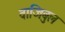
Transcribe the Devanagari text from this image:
वाजिबुल